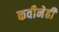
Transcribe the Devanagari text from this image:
कवीनेही